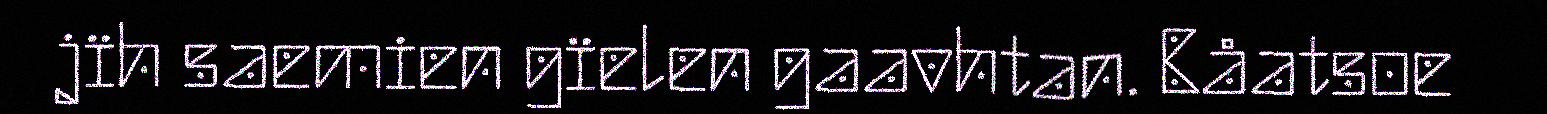
jïh saemien gïelen gaavhtan. Båatsoe